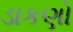
ડાકણો